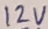
Text: 12V